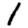
Digit: 1